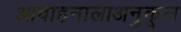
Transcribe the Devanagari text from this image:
आवाहनालाअनुकूल